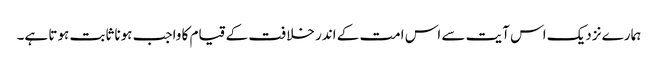
ہمارے نزدیک اس آیت سے اس امت کے اندر خلافت کے قیام کا واجب ہونا ثابت ہوتا ہے۔